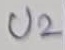
Text: U2